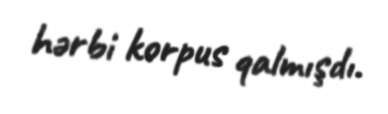
hərbi korpus qalmışdı.